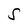
Character: S